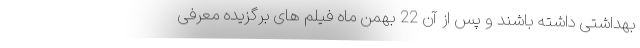
بهداشتی داشته باشند و پس از آن 22 بهمن ماه فیلم های برگزیده معرفی